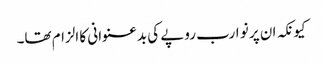
کیونکہ ان پر نو ارب روپے کی بدعنوانی کا الزام تھا۔